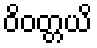
ဝိဝတ္တယိ